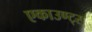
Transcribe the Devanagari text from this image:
एकाउण्‍ट्स